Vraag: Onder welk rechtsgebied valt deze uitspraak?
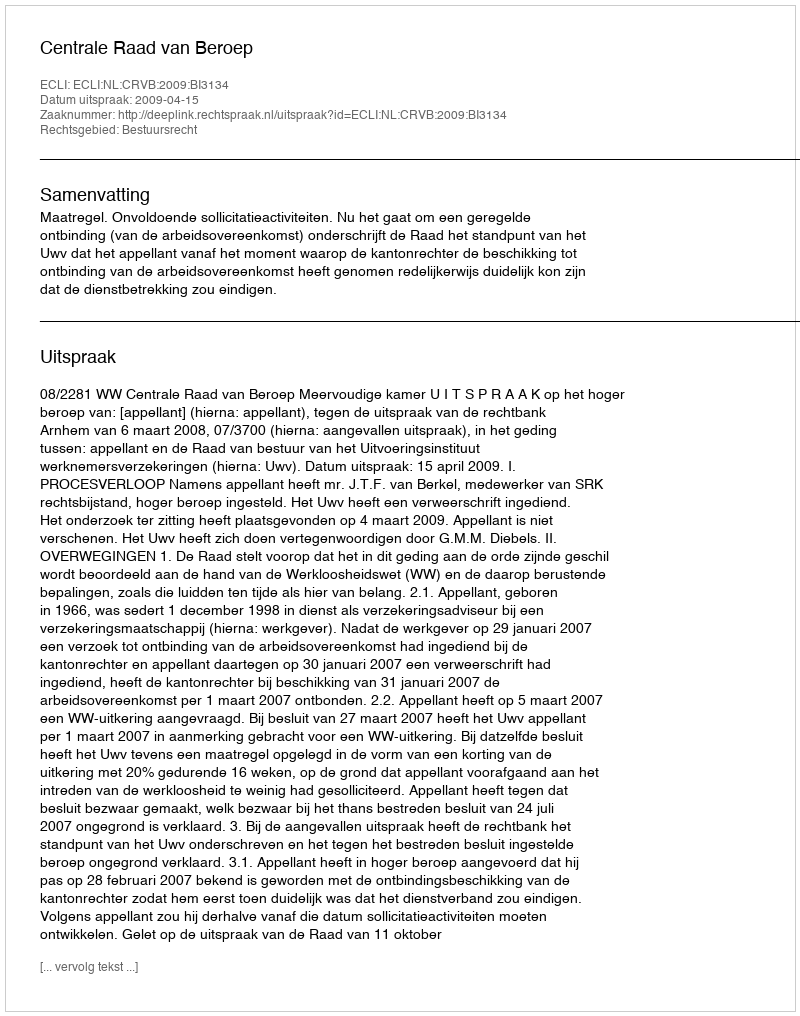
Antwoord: Bestuursrecht